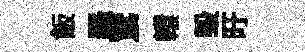
飯羅鵞轘毀旴